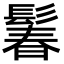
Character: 鬊